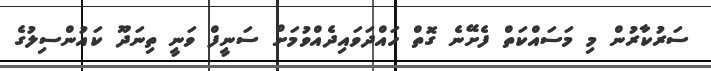
ސަރުކާރުން މި މަސައްކަތް ފެށޭނެ ގޮތް ހައްދަވައިދެއްވުމަށް ސަނީފް ވަނީ ތިނަދޫ ކައުންސިލުގެ